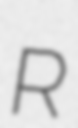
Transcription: R